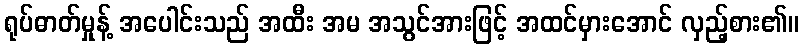
ရုပ်ဓာတ်မှုန့် အပေါင်းသည် အထီး အမ အသွင်အားဖြင့် အထင်မှားအောင် လှည့်စား၏။